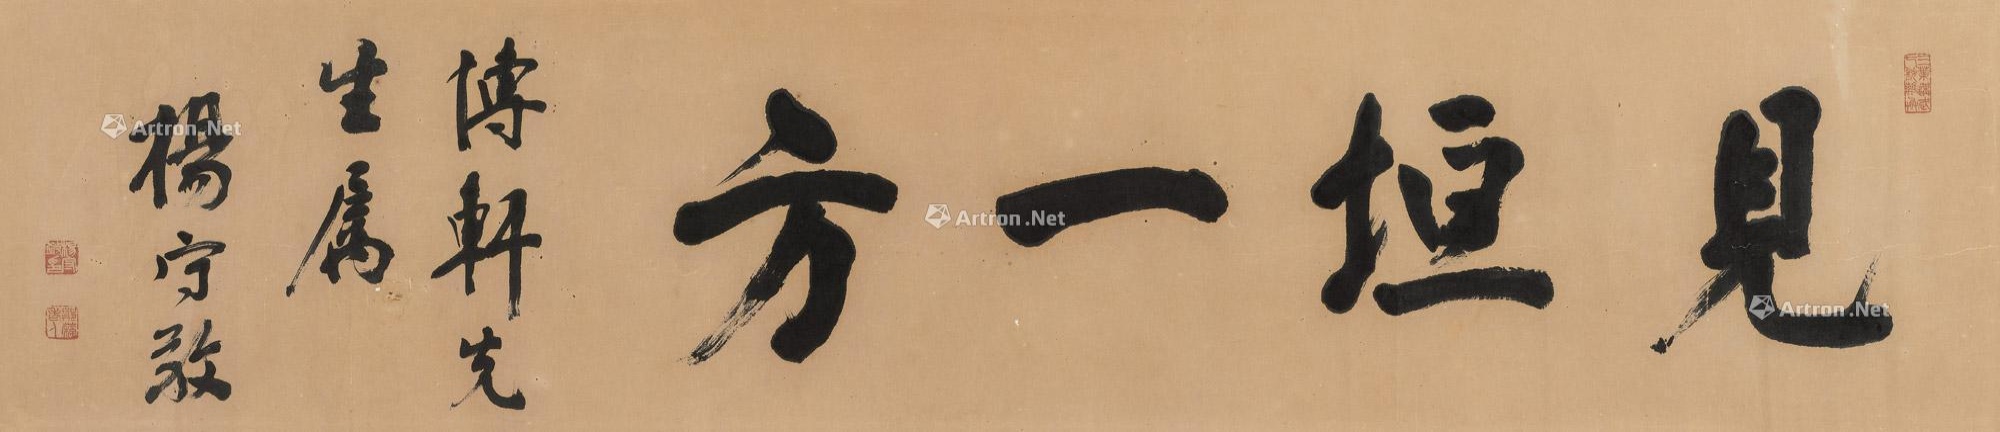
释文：见垣一方。博轩先生属，杨守敬。